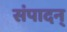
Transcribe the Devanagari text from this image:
संपादन्